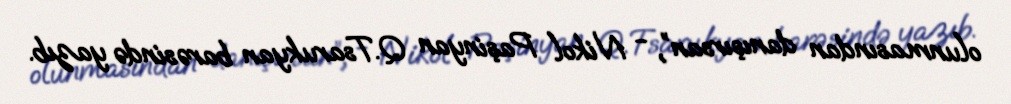
olunmasından danışırsan”, - Nikol Paşinyan Q.Tsarukyan barəsində yazıb.